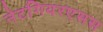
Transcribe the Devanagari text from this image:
नेटगियरएसस